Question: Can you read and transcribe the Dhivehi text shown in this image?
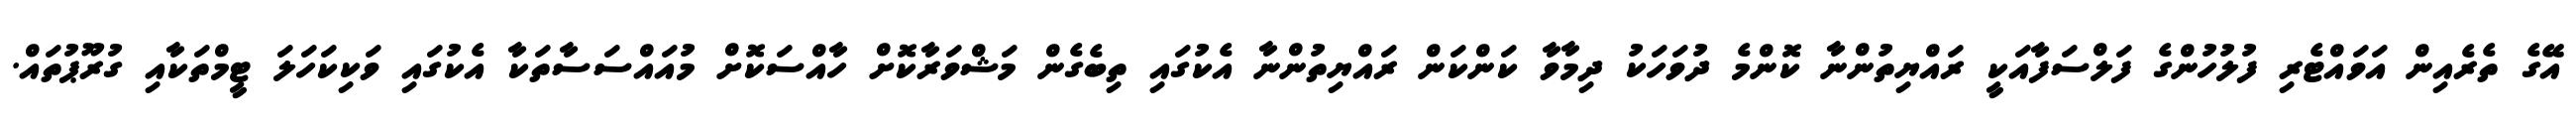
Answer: އޭގެ ތެރެއިން އަވައްޓެރި ފުލުހުންގެ ފަލްސަފާއަކީ ރައްޔިތުންނާ ކޮންމެ ދުވަހަކު ދިމާވާ ކަންކަން ރައްޔިތުންނާ އެކުގައި ތިބެގެން މަޝްވަރާކޮށް ހާއްސަކޮށް މުއައްސަސާތަކާ އެކުގައި ވަކިކަހަލަ ޓީމްތަކާއި ގުރޫޕުތައް.